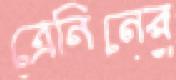
ত্রেনিনের